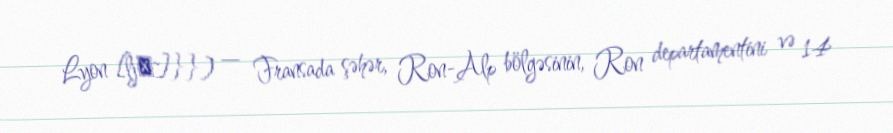
Lyon [ljɔ̃]}}) — Fransada şəhər, Ron-Alp bölgəsinin, Ron departamentini və 14